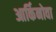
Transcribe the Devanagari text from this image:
आर्किनोवा